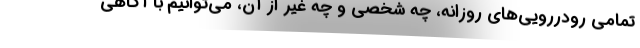
تمامی رودررویی‌های روزانه، چه شخصی و چه غیر از آن، می‌توانیم با آگاهی